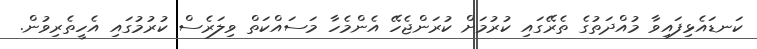
ކަނޑައެޅިފައިވާ މުއްދަތުގެ ތެރޭގައި ކުރުމަށް ކުރަންޖެހޭ އެންމެހާ މަސައްކަތް ވިލަރެސް ކުރުމުގައި އެހީތެރިވުން.